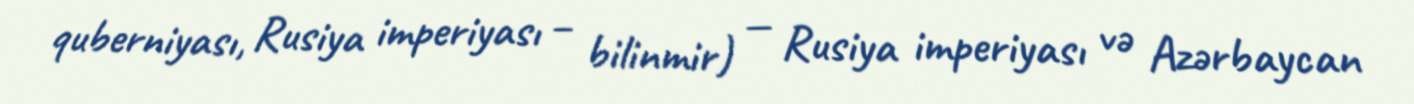
quberniyası, Rusiya imperiyası – bilinmir) — Rusiya imperiyası və Azərbaycan